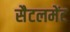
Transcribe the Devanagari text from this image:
सैटलमेंट